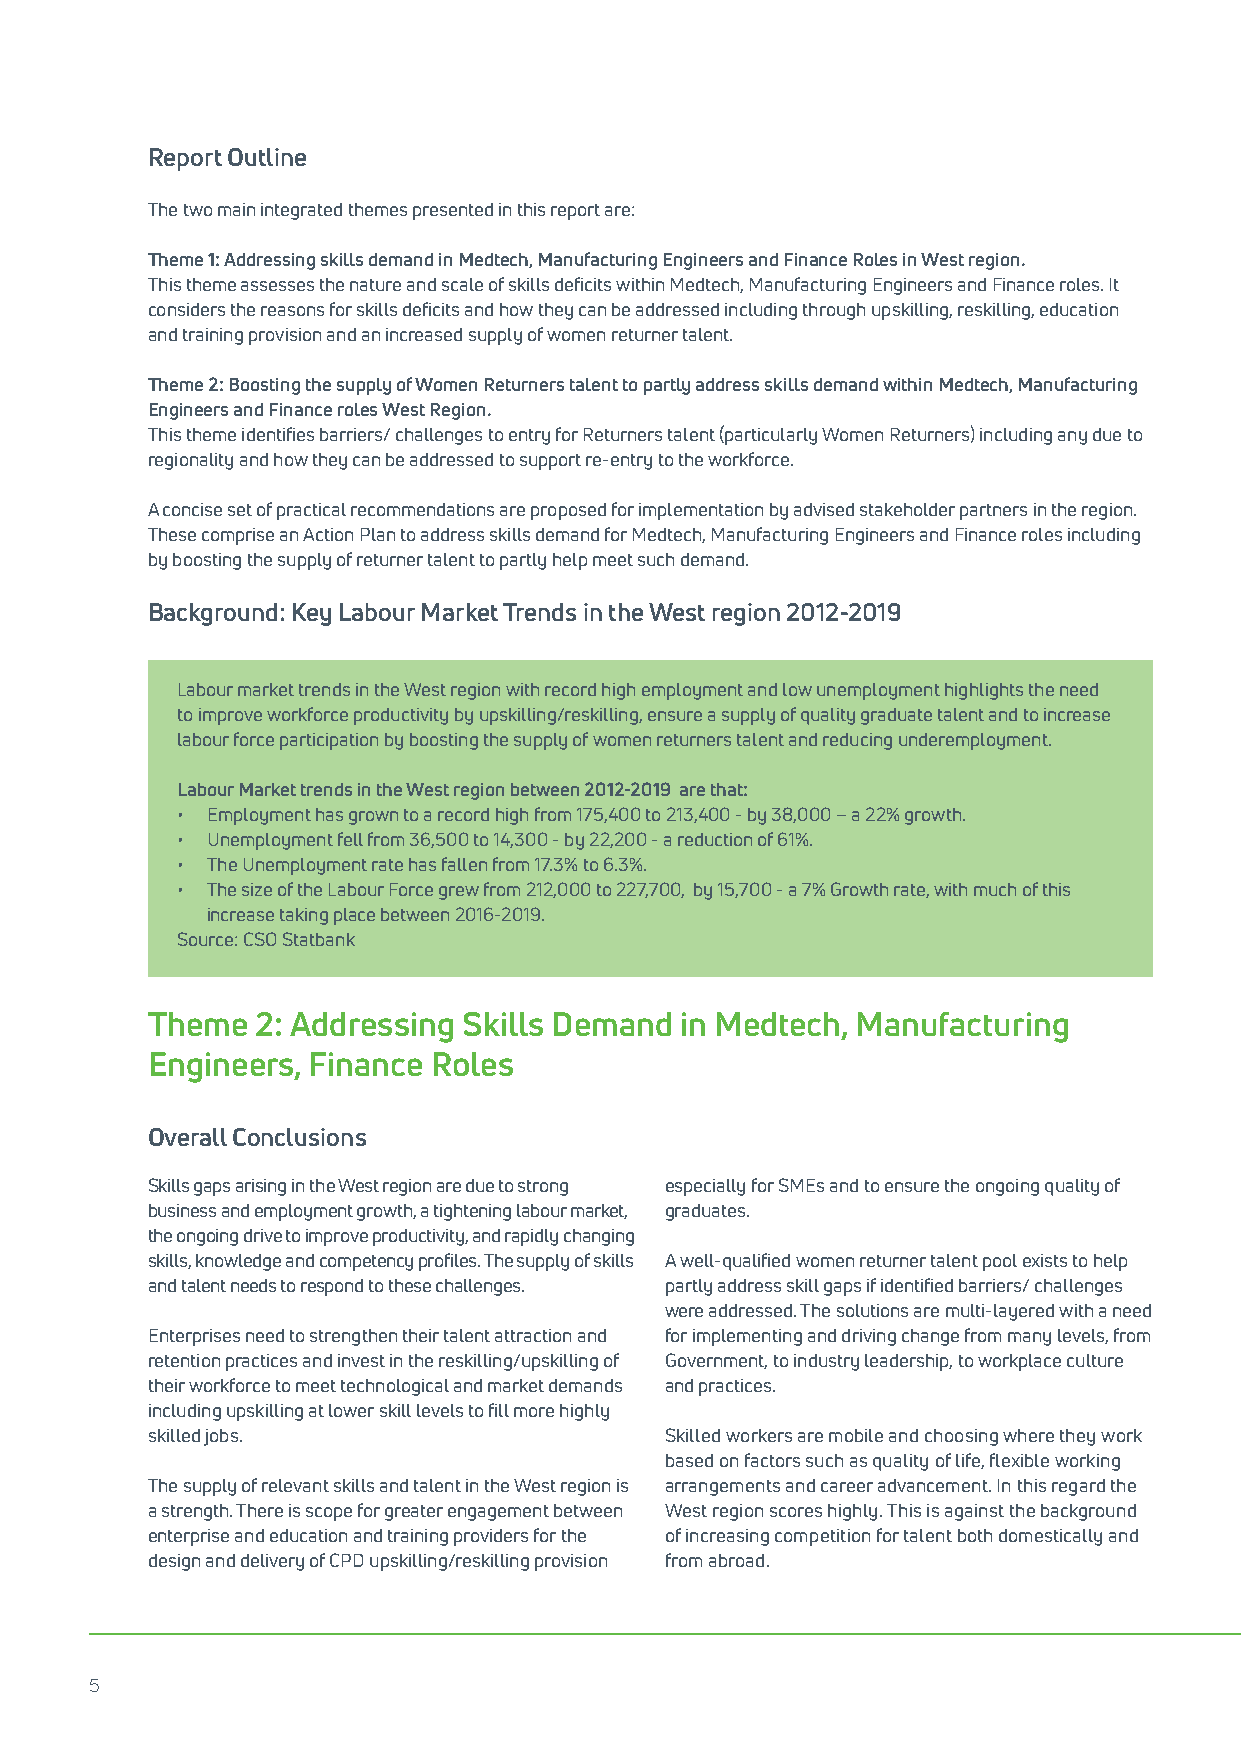
Report Outline
 The two main integrated themes presented in this report are:
 Theme 1: Addressing skills demand in Medtech, Manufacturing Engineers and Finance Roles in West region.
 This theme assesses the nature and scale of skills deficits within Medtech, Manufacturing Engineers and Finance roles. It
 considers the reasons for skills deficits and how they can be addressed including through upskilling, reskilling, education
 and training provision and an increased supply of women returner talent.
 Theme 2: Boosting the supply of Women Returners talent to partly address skills demand within Medtech, Manufacturing
 Engineers and Finance roles West Region.
 This theme identifies barriers/ challenges to entry for Returners talent (particularly Women Returners) including any due to
 regionality and how they can be addressed to support re-entry to the workforce.
 A concise set of practical recommendations are proposed for implementation by advised stakeholder partners in the region.
 These comprise an Action Plan to address skills demand for Medtech, Manufacturing Engineers and Finance roles including
 by boosting the supply of returner talent to partly help meet such demand.
 Background: Key Labour Market Trends in the West region 2012-2019
 Labour market trends in the West region with record high employment and low unemployment highlights the need
 to improve workforce productivity by upskilling/reskilling, ensure a supply of quality graduate talent and to increase
 labour force participation by boosting the supply of women returners talent and reducing underemployment.
 Labour Market trends in the West region between 2012-2019 are that:
 • Employment has grown to a record high from 175,400 to 213,400 - by 38,000 – a 22% growth.
 • Unemployment fell from 36,500 to 14,300 - by 22,200 - a reduction of 61%.
 • The Unemployment rate has fallen from 17.3% to 6.3%.
 • The size of the Labour Force grew from 212,000 to 227,700, by 15,700 - a 7% Growth rate, with much of this
 increase taking place between 2016-2019.
 Source: CSO Statbank
 Theme  2: Addressing Skills Demand in Medtech, Manufacturing
 Engineers, Finance Roles
 Overall Conclusions
 Skills gaps arising in the West region are due to strong especially for SMEs and to ensure the ongoing quality of
 business and employment growth, a tightening labour market, graduates.
 the ongoing drive to improve productivity, and rapidly changing
 skills, knowledge and competency profiles. The supply of skills A well-qualified women returner talent pool exists to help
 and talent needs to respond to these challenges. partly address skill gaps if identified barriers/ challenges
 were addressed. The solutions are multi-layered with a need
 Enterprises need to strengthen their talent attraction and for implementing and driving change from many levels, from
 retention practices and invest in the reskilling/upskilling of Government, to industry leadership, to workplace culture
 their workforce to meet technological and market demands and practices.
 including upskilling at lower skill levels to fill more highly
 skilled jobs.                     Skilled workers are mobile and choosing where they work
 based on factors such as quality of life, flexible working
 The supply of relevant skills and talent in the West region is arrangements and career advancement. In this regard the
 a strength. There is scope for greater engagement between West region scores highly. This is against the background
 enterprise and education and training providers for the of increasing competition for talent both domestically and
 design and delivery of CPD upskilling/reskilling provision from abroad.
 5